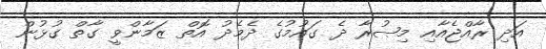
އަދި ރާއްޖެއާއި މިޞުރާ ދެ ގައުމުގެ ދެމެދު އޮތް ޒަމާންވީ ގާތް ގުޅުން